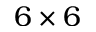
6 \times 6